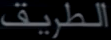
الطريق